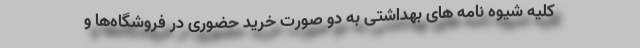
کلیه شیوه نامه های بهداشتی به دو صورت خرید حضوری در فروشگاه‌ها و